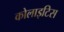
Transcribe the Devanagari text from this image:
कोलाइटिस